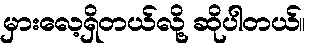
မှားလေ့ရှိတယ်လို့ ဆိုပါတယ်။